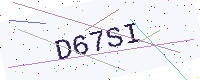
Text: D67SI